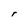
Character: r